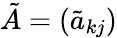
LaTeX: \tilde{A}=(\tilde{a}_{kj})